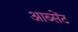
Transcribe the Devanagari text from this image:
आब्सेंट